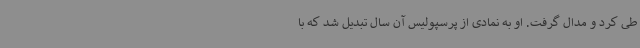
طی کرد و مدال گرفت. او به نمادی از پرسپولیس آن سال تبدیل شد که با